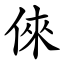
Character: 倈